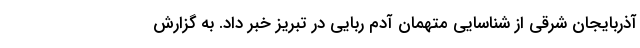
آذربایجان شرقی از شناسایی متهمان آدم ربایی در تبریز خبر داد. به گزارش